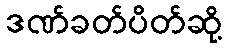
ဒဏ်ခတ်ပိတ်ဆို့